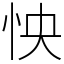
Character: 怏